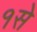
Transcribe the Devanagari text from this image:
१से